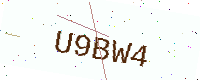
Text: U9BW4